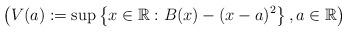
LaTeX: \begin{align*}\left(V(a):=\sup \left\{ x \in \mathbb{R} : B(x)-(x-a)^2 \right\}, a \in \mathbb{R}\right)\end{align*}